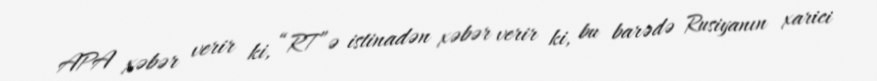
APA xəbər verir ki, “RT”ə istinadən xəbər verir ki, bu barədə Rusiyanın xarici